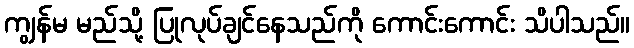
ကျွန်မ မည်သို့ ပြုလုပ်ချင်နေသည်ကို ကောင်းကောင်း သိပါသည်။